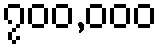
၇၀၀,၀၀၀